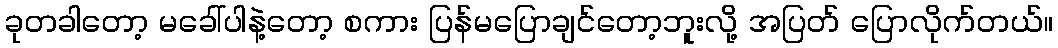
ခုတခါတော့ မခေါ်ပါနဲ့တော့ စကား ပြန်မပြောချင်တော့ဘူးလို့ အပြတ် ပြောလိုက်တယ်။